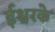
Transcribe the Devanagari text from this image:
ईश्वरके